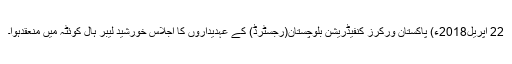
22 اپریل2018ء) پاکستان ورکرز کنفیڈریشن بلوچستان(رجسٹرڈ) کے عہدیداروں کا اجلاس خورشید لیبر ہال کوئٹہ میں منعقدہوا۔